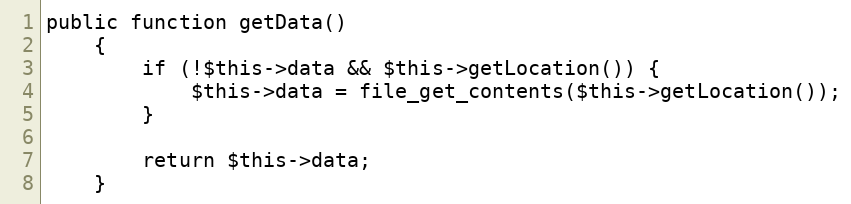
Language: PHP
public function getData()
    {
        if (!$this->data && $this->getLocation()) {
            $this->data = file_get_contents($this->getLocation());
        }

        return $this->data;
    }